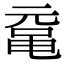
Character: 鼋